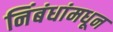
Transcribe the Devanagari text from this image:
निंबंधांमधून